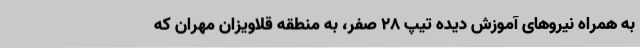
به همراه نیروهای آموزش دیده تیپ 28 صفر، به منطقه قلاویزان مهران که